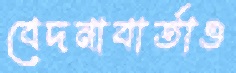
বেদনাবার্তাও